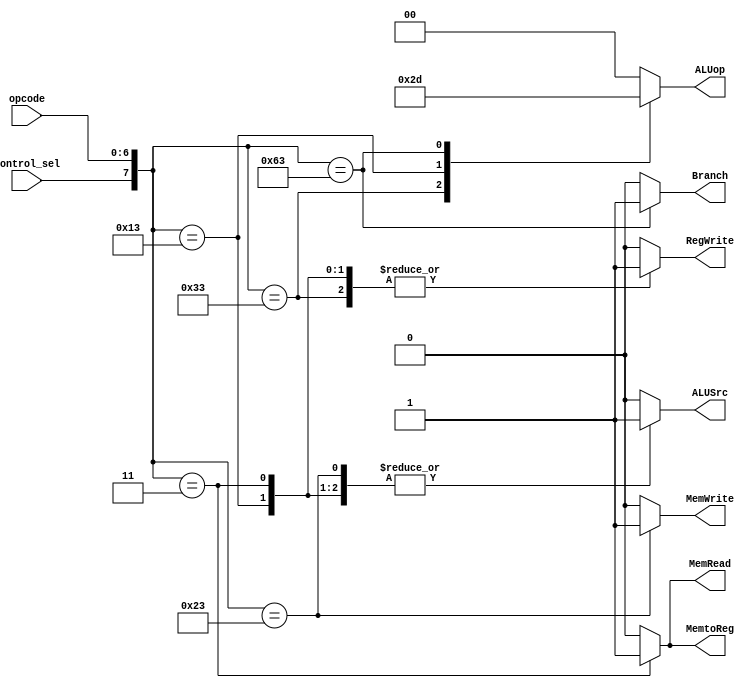
`timescale 1ns / 1ps
//////////////////////////////////////////////////////////////////////////////////
// Company: 
// Engineer: 
// 
// Design Name: 
// Module Name: control_path
// Project Name: 
// Target Devices: 
// Tool Versions: 
// Description: 
// 
// Dependencies: 
// 
// Revision:
// Revision 0.01 - File Created
// Additional Comments:
// 
//////////////////////////////////////////////////////////////////////////////////


module control_path(input [6:0] opcode,
                    input control_sel,
                    output reg MemRead, MemtoReg, MemWrite, RegWrite, Branch, ALUSrc,
                    output reg [1:0] ALUop);

    always@(opcode,control_sel) begin
    casex({control_sel,opcode})
        8'b1xxxxxxx: begin          // control_sel == 1
                     ALUSrc <= 1'b0;
                     MemtoReg <= 1'b0; 
                     RegWrite <= 1'b0;
                     MemRead <= 1'b0;
                     MemWrite <= 1'b0;
                     Branch <= 1'b0;
                     ALUop<= 2'b00;
                      end
        8'b00000000: begin          // nop from ISA
                     ALUSrc <= 1'b0;
                     MemtoReg <= 1'b0; 
                     RegWrite <= 1'b0;
                     MemRead <= 1'b0;
                     MemWrite <= 1'b0;
                     Branch <= 1'b0;
                     ALUop<= 2'b00; 
                     end
        8'b00000011: begin          // ld
                     ALUSrc <= 1'b1;
                     MemtoReg <= 1'b1; 
                     RegWrite <= 1'b1;
                     MemRead <= 1'b1;
                     MemWrite <= 1'b0;
                     Branch <= 1'b0;
                     ALUop<= 2'b00;
                     end
        8'b00100011: begin          // sd
                     ALUSrc <= 1'b1;
                     MemtoReg <= 1'b0; 
                     RegWrite <= 1'b0;
                     MemRead <= 1'b0;
                     MemWrite <= 1'b1;
                     Branch <= 1'b0;
                     ALUop<= 2'b00; 
                     end 
        8'b00110011: begin          // R
                     ALUSrc <= 1'b0;
                     MemtoReg <= 1'b0; 
                     RegWrite <= 1'b1;
                     MemRead <= 1'b0;
                     MemWrite <= 1'b0;
                     Branch <= 1'b0;
                     ALUop<= 2'b10; 
                     end
        8'b00010011: begin          //Immediate
                     ALUSrc <= 1'b1;
                     MemtoReg <= 1'b0; 
                     RegWrite <= 1'b1;
                     MemRead <= 1'b0;
                     MemWrite <= 1'b0;
                     Branch <= 1'b0;
                     ALUop<= 2'b11;
                     end 
        8'b01100011: begin          //beq
                     ALUSrc <= 1'b0;
                     MemtoReg <= 1'b0; 
                     RegWrite <= 1'b0;
                     MemRead <= 1'b0;
                     MemWrite <= 1'b0;
                     Branch <= 1'b1;
                     ALUop<= 2'b01;
                     end 
        default: begin 
                 ALUSrc <= 1'b0;
                 MemtoReg <= 1'b0; 
                 RegWrite <= 1'b0;
                 MemRead <= 1'b0;
                 MemWrite <= 1'b0;
                 Branch <= 1'b0;
                 ALUop<= 2'b00;
                 end
    endcase
  end           

endmodule